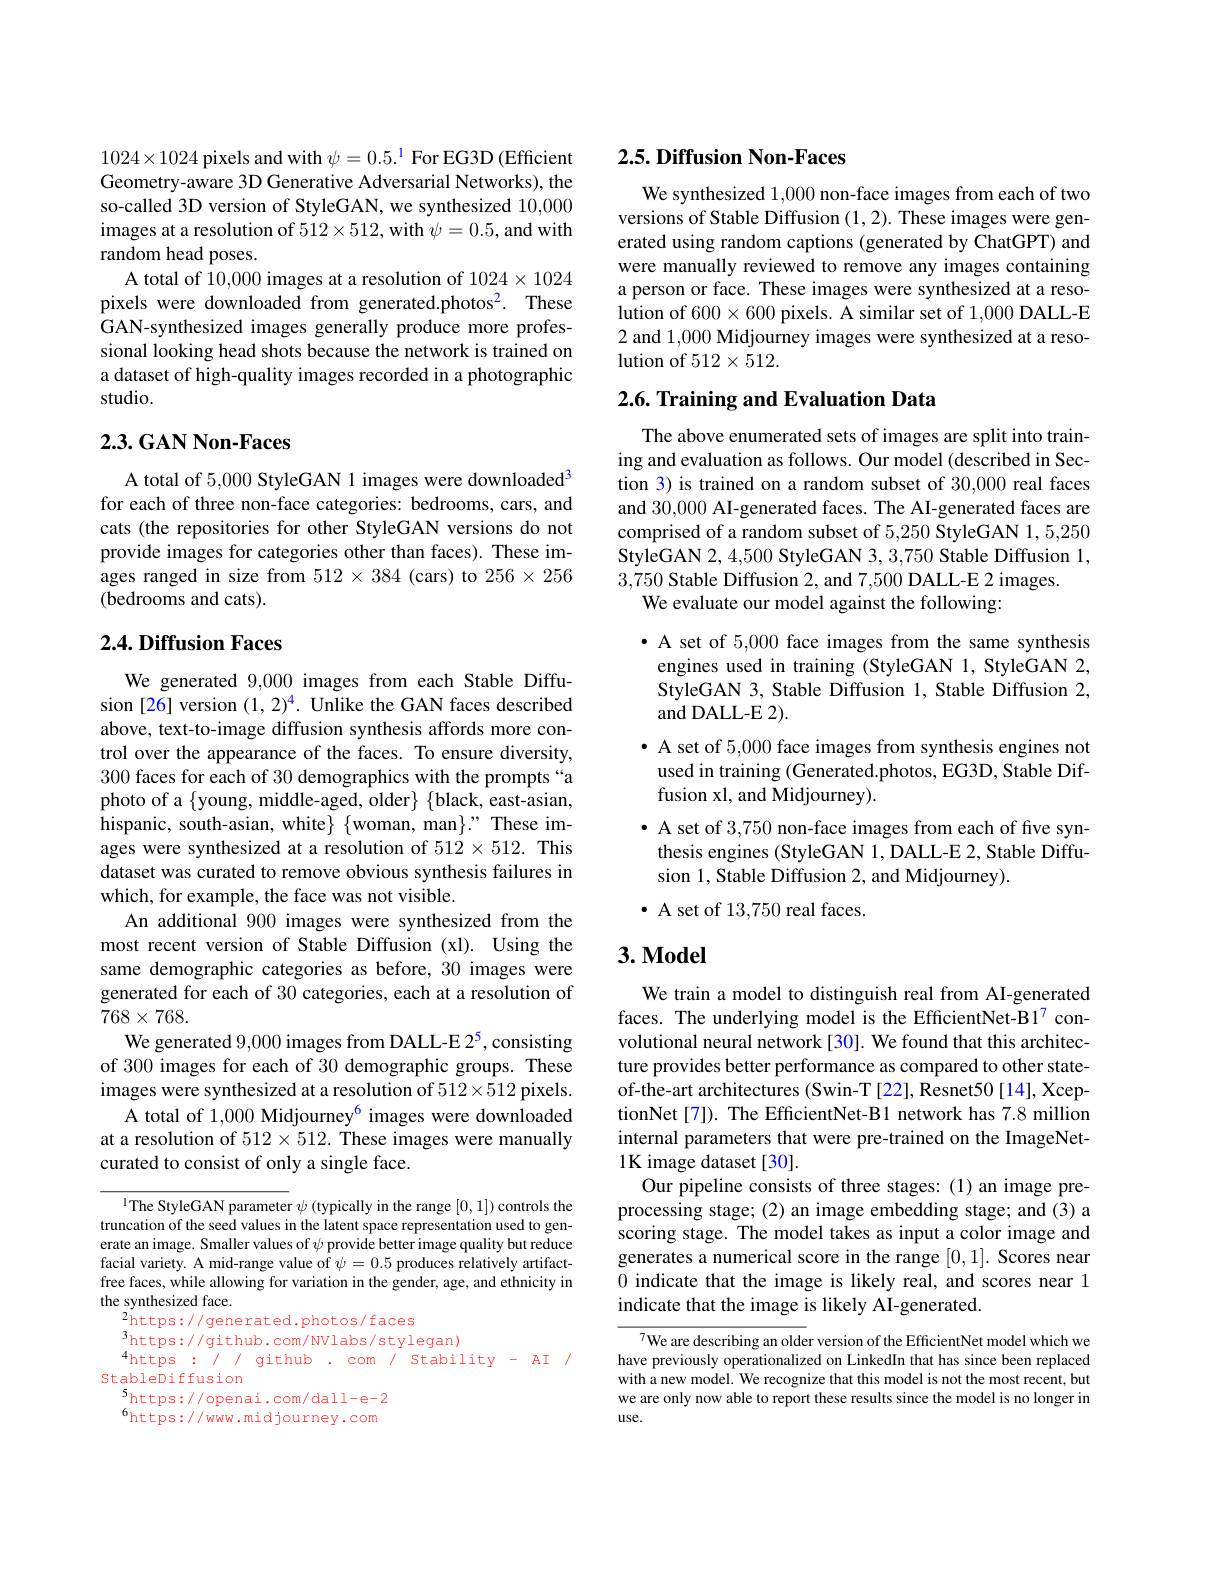
$1024\times1024$ pixels and with $\psi=0.5.^{1}$ For EG3D (Efficient Geometry-aware 3D Generative Adversarial Networks), the so-called 3D version of StyleGAN, we synthesized 10,000 images at a resolution of $512\times512$, with $\psi=0.5$, and with random head poses.
A total of 10,000 images at a resolution of 1024×1024 pixels were downloaded from generated.photos$^2.$ These GAN-synthesized images generally produce more professional looking head shots because the network is trained on a dataset of high-quality images recorded in a photographic studio.

## $2. 3. \textbf{GAN Non- Faces}$

A total of 5,000 StyleGAN 1 images were downloaded$^3$ for each of three non-face categories: bedrooms, cars, and cats (the repositories for other StyleGAN versions do not provide images for categories other than faces). These images ranged in size from $512\times384$ (cars) to $256\times256$ (bedrooms and cats).

## $2. 4. \textbf{Diffusion Faces}$

We generated 9,000 images from each Stable Diffusion [26] version (1,2)$^{4}.$ Unlike the GAN faces described above, text-to-image diffusion synthesis affords more control over the appearance of the faces. To ensure diversity, 300 faces for each of 30 demographics with the prompts“a hispanic, south-asian, white} $\{$woman, man$\}.”$ These images were synthesized at a resolution of $512\times512.$ This dataset was curated to remove obvious synthesis failures in which, for example, the face was not visible.
An additional 900 images were synthesized from the most recent version of Stable Diffusion (xl). Using the same demographic categories as before, 30 images were generated for each of 30 categories, each at a resolution of $768\times768.$
We generated 9,000 images from DALL-E 25, consisting of 300 images for each of 30 demographic groups. These images were synthesized at a resolution of $512\times512$ pixels.
A total of 1,000 Midjourney$^{6}$ images were downloaded at a resolution of $512\times512.$ These images were manually curated to consist of only a single face.

$^{1}$The StyleGAN parameter $\psi$ (typically in the range [0,1]) controls the truncation of the seed values in the latent space representation used to generate an image. Smaller values of $\psi$ provide better image quality but reduce facial variety. A mid-range value of $\psi=0.5$ produces relatively artifactfree faces, while allowing for variation in the gender, age, and ethnicity in the synthesized face.
$^{2}$https://generated.photos/faces
$^{3}$https://github.com/NVlabs/stylegan)
$^{4}$https :// github . com / Stability - AI /
StableDiffusion
5https://openai.com/dall-e-2 $^{6}$https://www.midjourney.com

# 2.5. Diffusion Non-Faces

We synthesized 1,000 non-face images from each of two versions of Stable Diffusion (1,2). These images were generated using random captions (generated by ChatGPT) and were manually reviewed to remove any images containing a person or face. These images were synthesized at a resolution of $600\times600$ pixels. A similar set of 1,000 DALL-E 2 and 1,000 Midjourney images were synthesized at a resolution of $512\times512.$

## 2.6. Training and Evaluation Data

The above enumerated sets of images are split into training and evaluation as follows. Our model (described in Section 3) is trained on a random subset of 30,000 real faces and 30,000 AI-generated faces. The AI-generated faces are comprised of a random subset of 5,250 StyleGAN 1, 5,250 StyleGAN 2, 4,500 StyleGAN 3, 3,750 Stable Diffusion 1, 3,750 Stable Diffusion 2, and 7,500 DALL-E 2 images.
We evaluate our model against the following:

· A set of 5,000 face images from the same synthesis
engines used in training (StyleGAN 1, StyleGAN 2, StyleGAN 3, Stable Diffusion 1, Stable Diffusion 2, and DALL-E 2).

· A set of 5,000 face images from synthesis engines not
used in training (Generated.photos, EG3D, Stable Dif-
fusion xl, and Midjourney).
· A set of 3,750 non-face images from each of five synthesis engines (StyleGAN 1, DALL-E 2, Stable Diffusion 1, Stable Diffusion 2, and Midjourney).
$\bullet$ A set of 13,750 real faces.

## $3.\mathbf{Model}$

We train a model to distinguish real from AI-generated faces. The underlying model is the EfficientNet-B17 convolutional neural network [30]. We found that this architecture provides better performance as compared to other stateof-the-art architectures (Swin-T [22], Resnet50 [14], XceptionNet[7]). The EfficientNet-B1 network has 7.8 million internal parameters that were pre-trained on the ImageNet- 1K image dataset[30].
Our pipeline consists of three stages:(1)an image preprocessing stage; (2) an image embedding stage; and (3) a scoring stage. The model takes as input a color image and generates a numerical score in the range [0,1]. Scores near 0 indicate that the image is likely real, and scores near 1 indicate that the image is likely AI-generated.

7We are describing an older version of the EfficientNet model which we have previously operationalized on LinkedIn that has since been replaced with a new model. We recognize that this model is not the most recent, but we are only now able to report these results since the model is no longer in use.